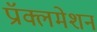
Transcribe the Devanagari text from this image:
प्रॉक्लमेशन